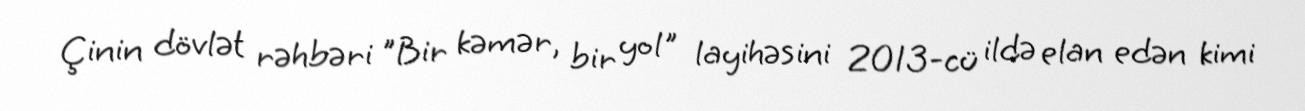
Çinin dövlət rəhbəri "Bir kəmər, bir yol" layihəsini 2013-cü ildə elan edən kimi